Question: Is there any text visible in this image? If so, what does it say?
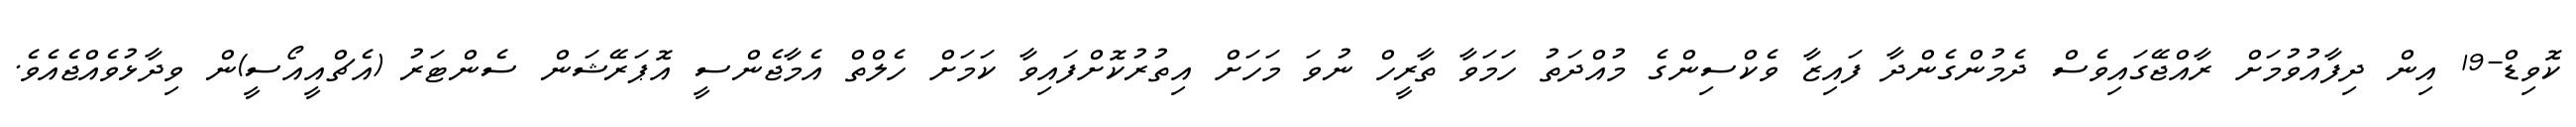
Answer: ކޮވިޑް-19 އިން ދިފާއުވުމަށް ރާއްޖޭގައިވެސް ދެމުންގެންދާ ފައިޒާ ވެކްސިންގެ މުއްދަތު ހަމަވާ ތާރީހް ނުވަ މަހަށް އިތުރުކޮށްފައިވާ ކަމަށް ހެލްތް އެމާޖެންސީ އޮޕަރޭޝަން ސެންޓަރު (އެޗްއީއޯސީ)ން ވިދާޅުވެއްޖެއެވެ.